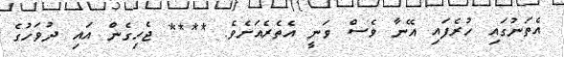
އެތަނުގައި ހުރެފައި އޭނާ ވެސް ވަނީ އެތެރެއަށެވެ. **** ޖެހިގެން އައި ދުވަހުގެ